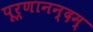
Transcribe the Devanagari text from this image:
पूर्णानन्दम्